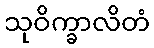
သုဝိက္ခာလိတံ